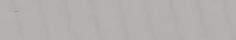
بيع وشراء الأجهزة الطبية